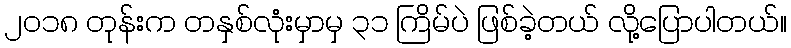
၂၀၁၈ တုန်းက တနှစ်လုံးမှာမှ ၃၁ ကြိမ်ပဲ ဖြစ်ခဲ့တယ် လို့ပြောပါတယ်။